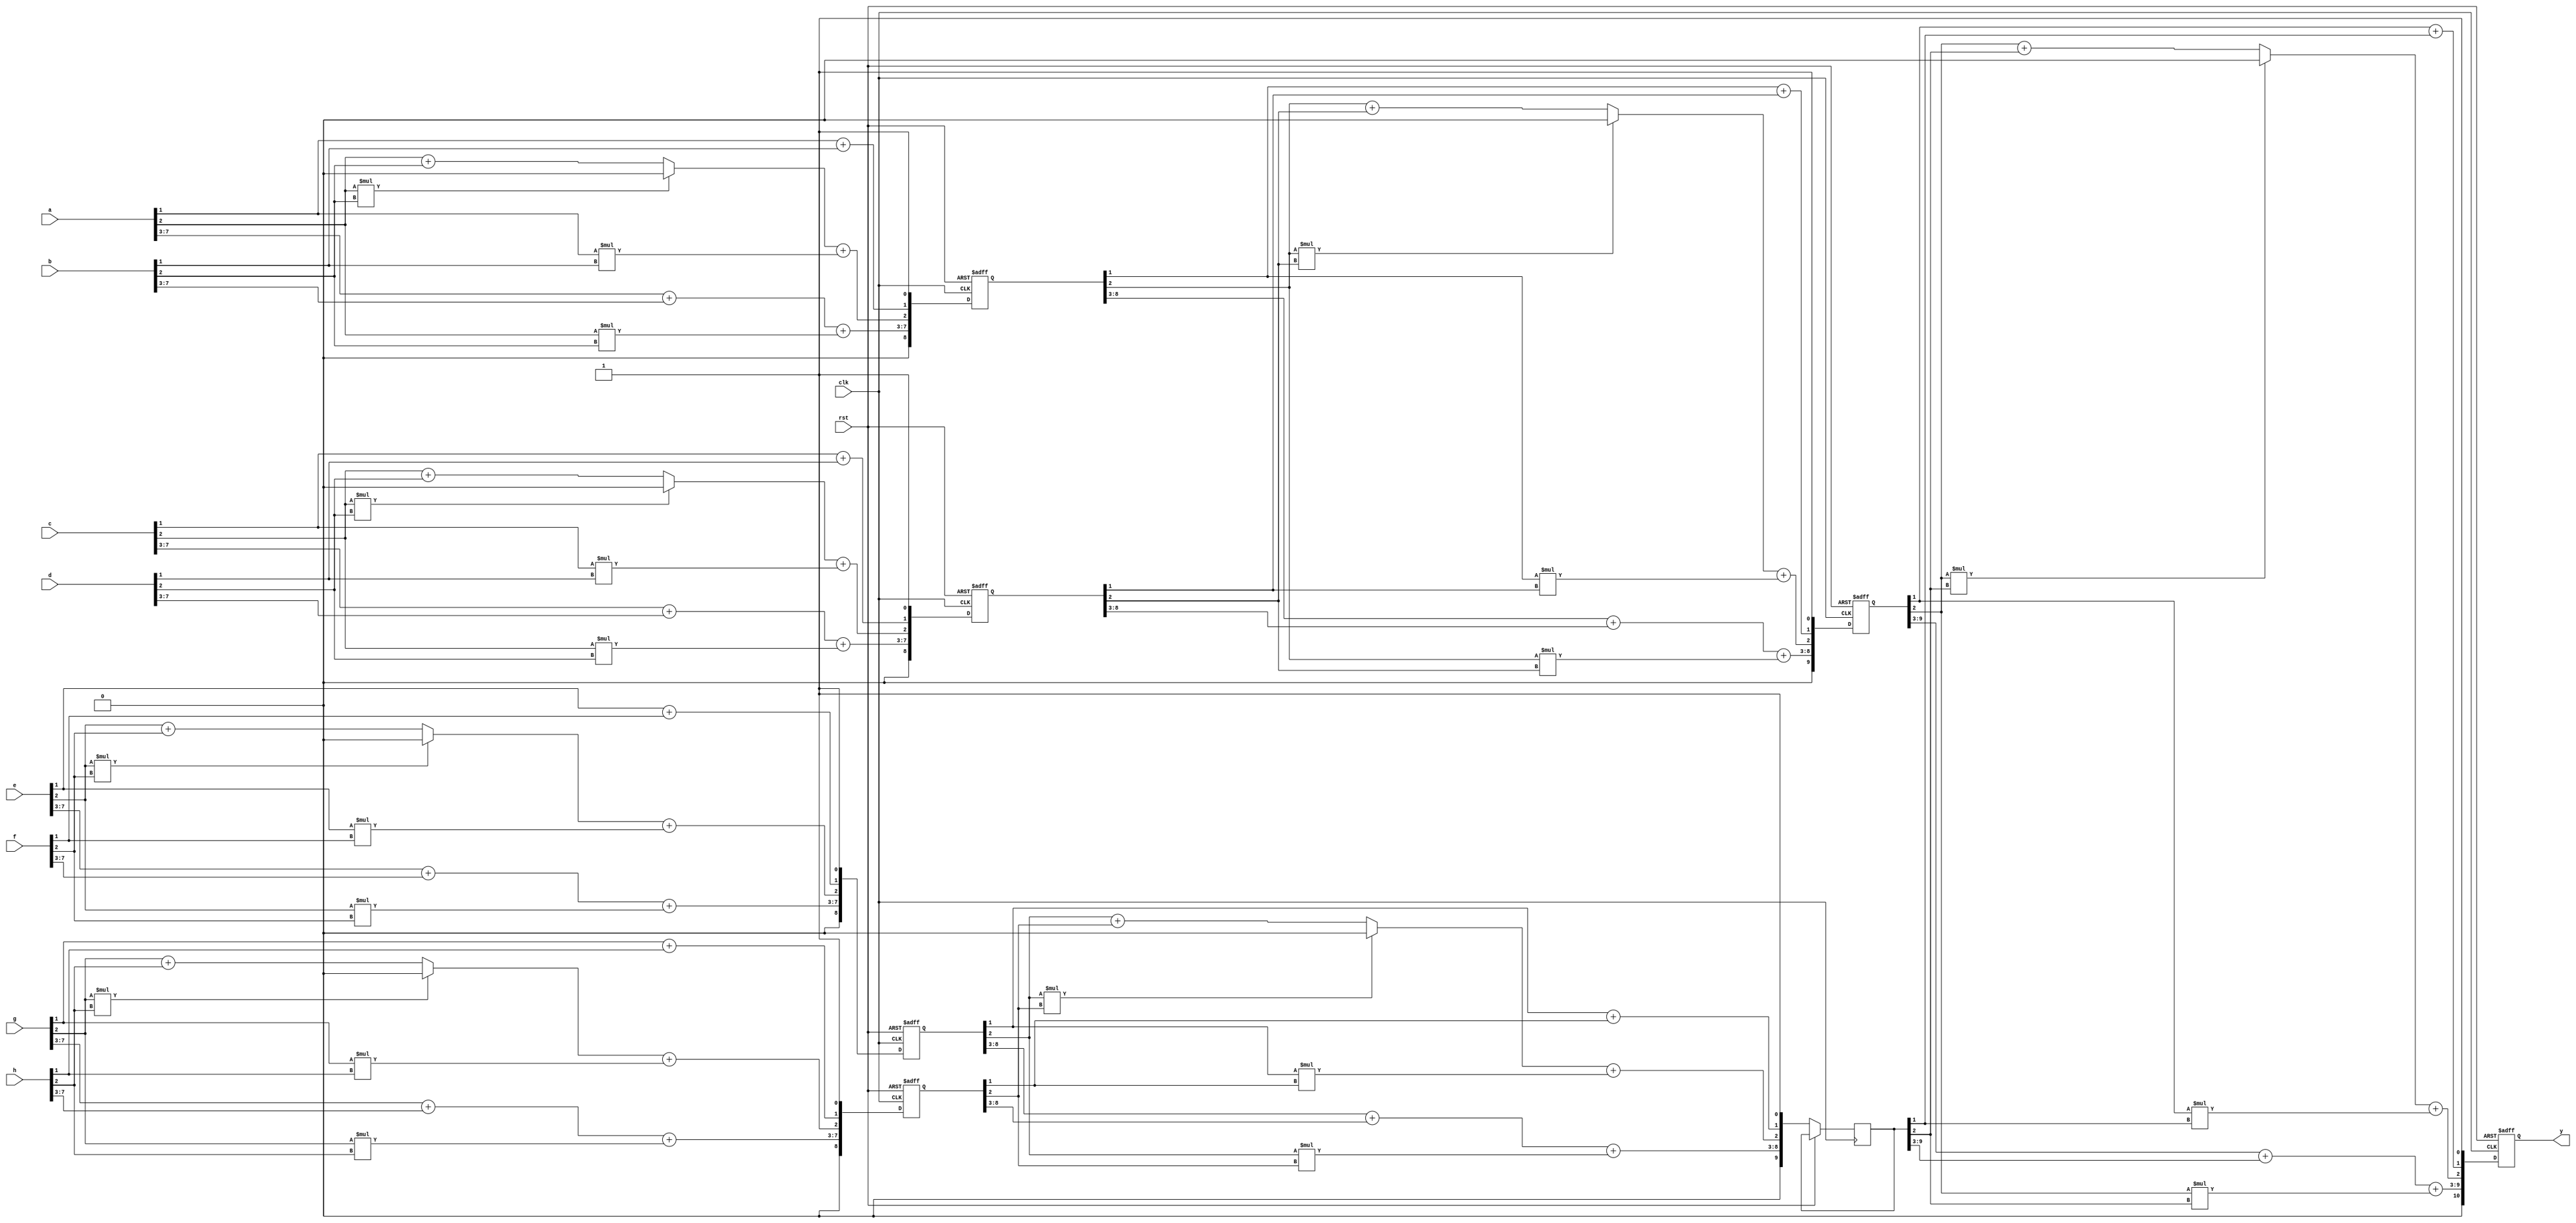
`timescale 1ns / 1ps
//d1 approximation
module adder_tree_De2AXA( input wire [7:0]a,b,c,d,e,f,g,h, 
                    input wire clk, rst,
                   output wire [10:0]y );

reg [8:0] i11,i12,i13,i14;
reg [9:0] i21, i22;
reg [10:0] i31;
reg itest;
always@(posedge clk, posedge rst) begin
 if(rst) begin
 i11<=0; 
 i12<=0; 
 i13<=0; 
 i14<=0; 
 i21<=0;
 i31<=0;


 end
 else begin
 i11<= {a[7:3]+b[7:3]+(a[2]*b[2]) , ((a[2]*b[2])? 1'b0 : (a[2]+b[2])) + a[1]*b[1] ,a[1]+b[1], 1'b1};
 i12<= {c[7:3]+d[7:3]+(c[2]*d[2]) , ((c[2]*d[2])? 1'b0 : (c[2]+d[2])) + c[1]*d[1] ,c[1]+d[1], 1'b1};
 i13<= {e[7:3]+f[7:3]+(e[2]*f[2]) , ((e[2]*f[2])? 1'b0 : (e[2]+f[2])) + e[1]*f[1] ,e[1]+f[1], 1'b1};
 i14<= {g[7:3]+h[7:3]+(g[2]*h[2]) , ((g[2]*h[2])? 1'b0 : (g[2]+h[2])) + g[1]*h[1],g[1]+h[1], 1'b1};
 i21<= {i11[8:3]+i12[8:3]+(i11[2]*i12[2]), ((i11[2]*i12[2])? 1'b0 : (i11[2]+i12[2])) + i11[1]*i12[1] ,i11[1]+i12[1], 1'b1};
 i22<= {i13[8:3]+i14[8:3]+(i13[2]*i14[2]), ((i13[2]*i14[2])? 1'b0 : (i13[2]+i14[2])) + i13[1]*i14[1] ,i13[1]+i14[1], 1'b1};
 i31<= {i21[9:3]+i22[9:3]+(i21[2]*i22[2]), ((i21[2]*i22[2])? 1'b0 : (i21[2]+i22[2])) + i21[1]*i22[1] ,i21[1]+i22[1], 1'b1};

 end
 
end 


assign y = i31;


endmodule